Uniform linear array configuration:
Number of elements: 8
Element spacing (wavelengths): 0.25
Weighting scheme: hamming
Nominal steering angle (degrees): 45
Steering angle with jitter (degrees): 43.99
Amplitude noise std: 0.05
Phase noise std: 0.05

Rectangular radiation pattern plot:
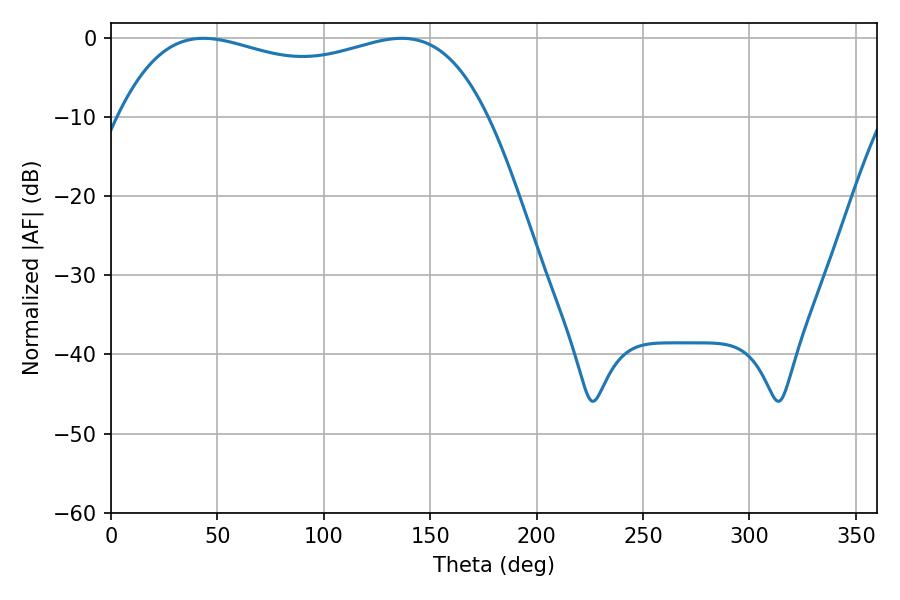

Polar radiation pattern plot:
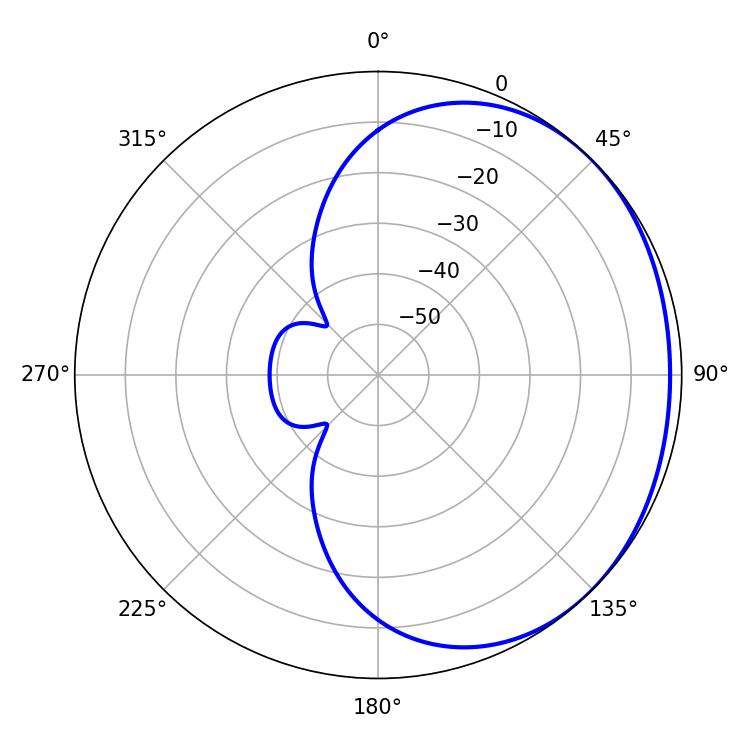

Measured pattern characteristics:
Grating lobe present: FALSE
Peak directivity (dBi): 1.239
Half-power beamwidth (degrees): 141.12
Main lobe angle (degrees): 43.38